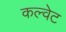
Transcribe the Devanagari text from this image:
कल्वेट